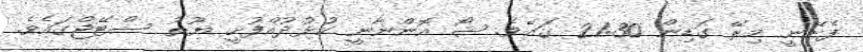
ފެށޭނީ މިރޭ ގަޑިން 21:30 ގައެވެ. ޝޯ އޮންނާނީ ކުޅުދުއްފުށީ ޔޫތު ސްޓޭޖްގައެވެ.